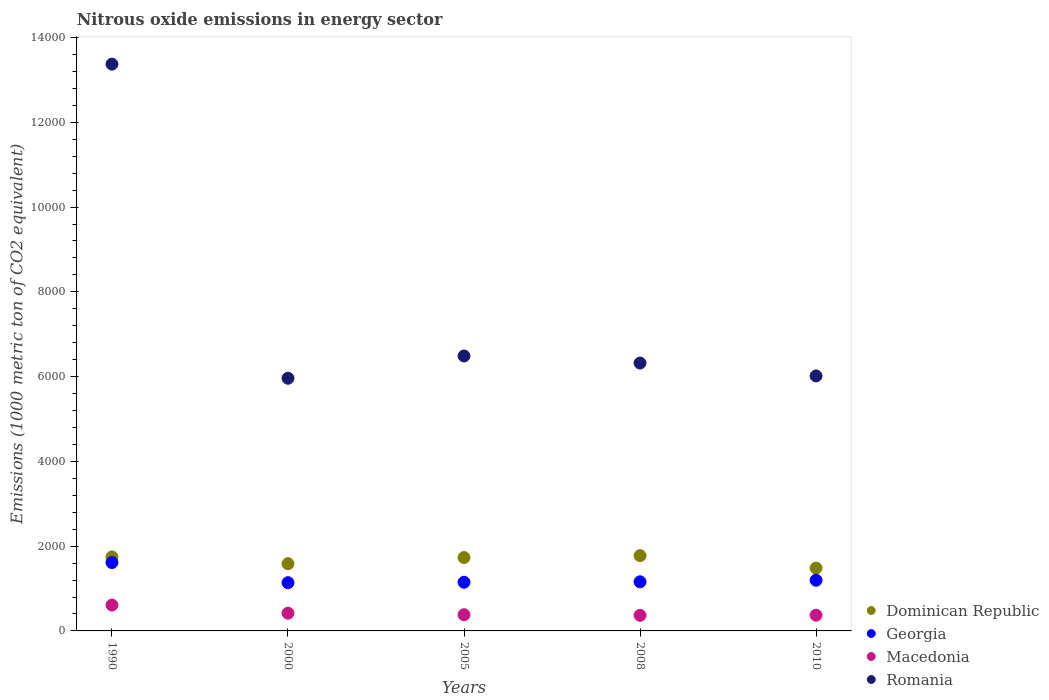
| Years | Dominican Republic | Georgia | Macedonia | Romania |
 | --- | --- | --- | --- | --- |
 | 1990 | 1.75e+03 | 1.61e+03 | 610 | 1.34e+04 |
 | 2000 | 1.59e+03 | 1.14e+03 | 418 | 5.96e+03 |
 | 2005 | 1.73e+03 | 1.15e+03 | 383 | 6.49e+03 |
 | 2008 | 1.78e+03 | 1.16e+03 | 368 | 6.32e+03 |
 | 2010 | 1.48e+03 | 1.2e+03 | 372 | 6.02e+03 |